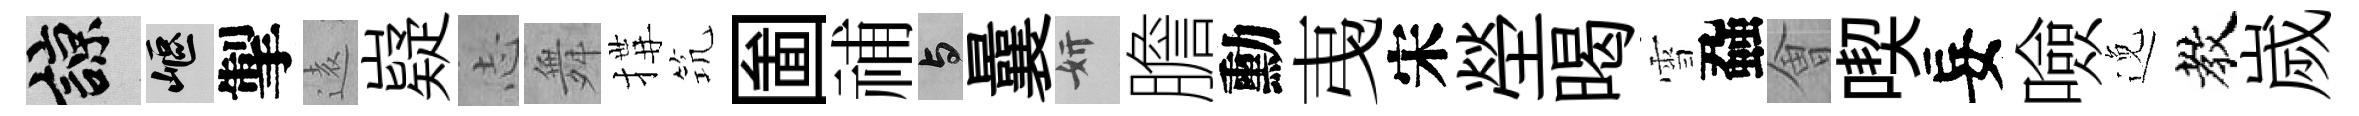
諒嶇掣逺嶷𢖽舞搆𥬑圗𥙷与曩妍膽勳𢎯宋塋暍雪蝨㑹喫妄噞𨓜教嵗